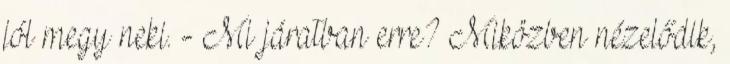
jól megy neki. - Mi járatban erre? Miközben nézelődik,